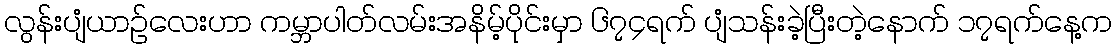
လွန်းပျံယာဉ်လေးဟာ ကမ္ဘာပါတ်လမ်းအနိမ့်ပိုင်းမှာ ၆၇၄ရက် ပျံသန်းခဲ့ပြီးတဲ့နောက် ၁၇ရက်နေ့က